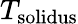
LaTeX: {T_{\mathrm{solidus}}}